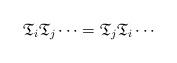
LaTeX: \begin{align*} \mathfrak{T}_i \mathfrak{T}_j \cdots =\mathfrak{T}_j \mathfrak{T}_i \cdots \end{align*}